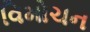
વિમોચન